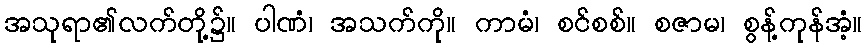
အသုရာ၏လက်တို့၌။ ပါဏံ၊ အသက်ကို။ ကာမံ၊ စင်စစ်။ စဇာမ၊ စွန့်ကုန်အံ့။